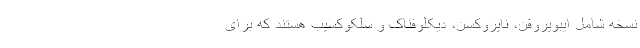
نسخه شامل ایبوپروفن، ناپروکسن، دیکلوفناک و سلکوکسیب هستند که برای